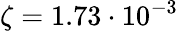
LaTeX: \zeta=1.73\cdot 10^{-3}